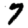
Digit: 7